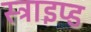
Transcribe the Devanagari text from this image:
स्ट्राइप्ड